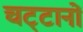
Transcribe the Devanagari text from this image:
चट्‌टानों